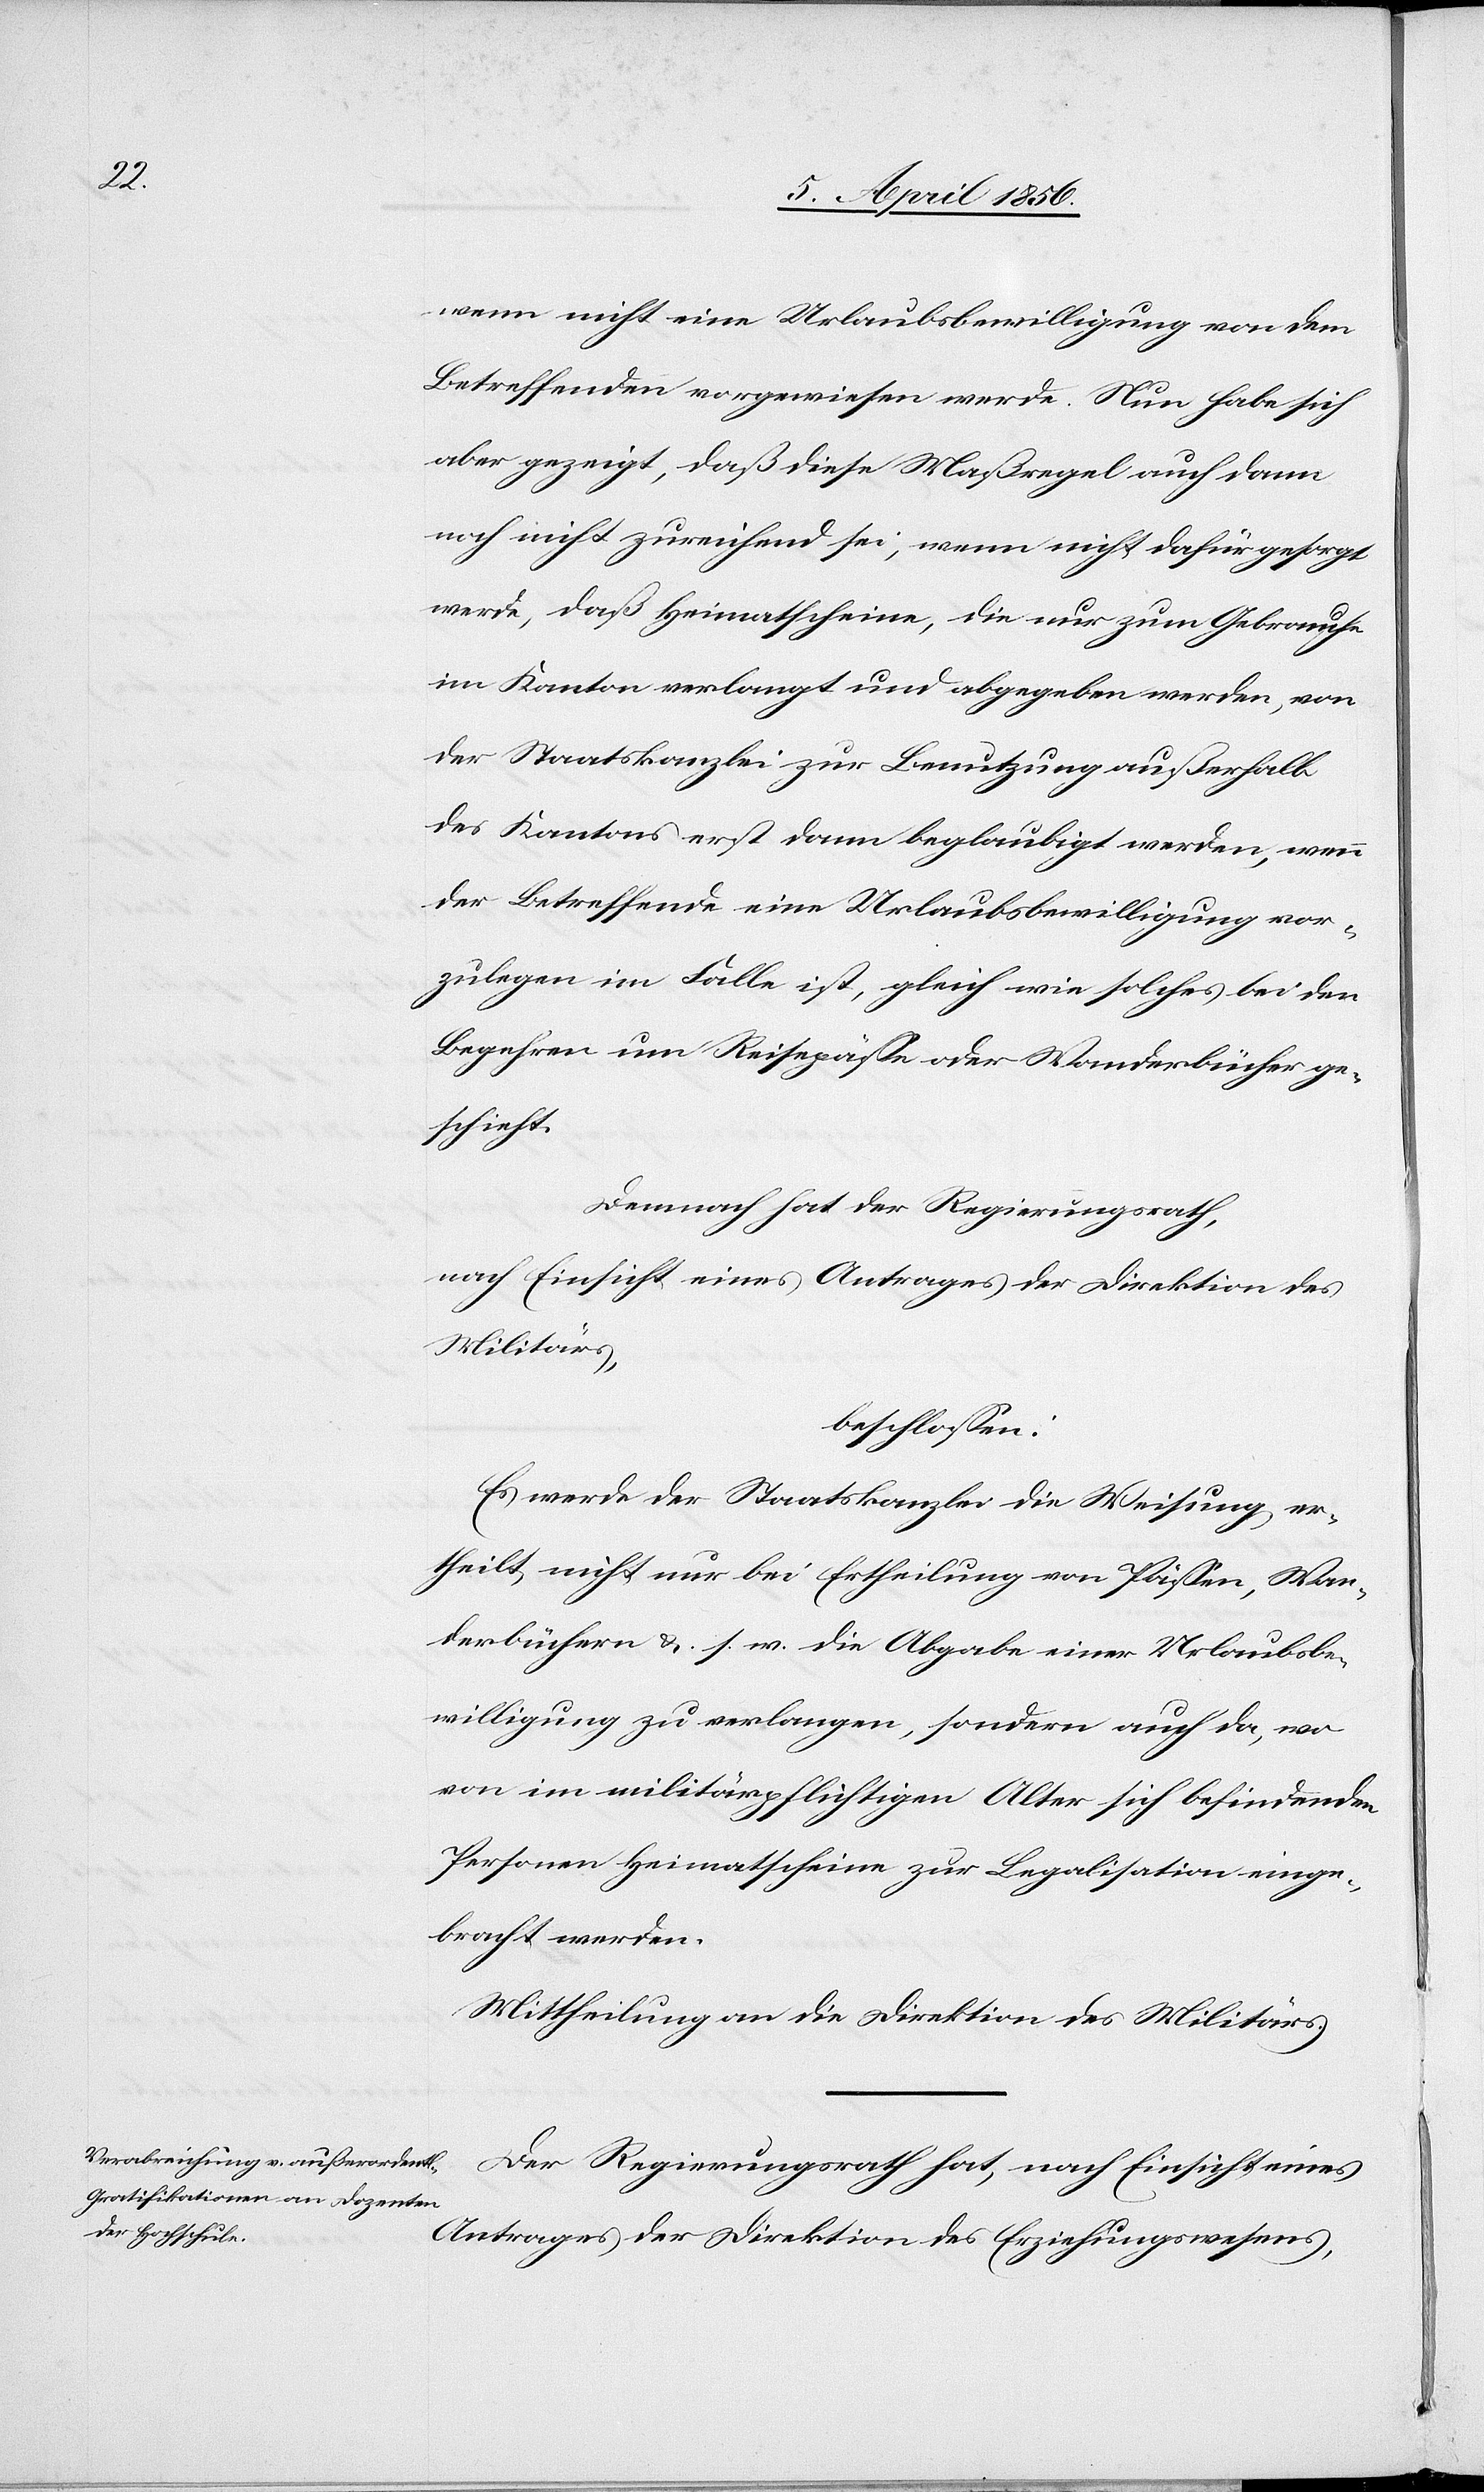
wenn nicht eine Urlaubsbewilligung von dem
Betreffenden vorgewiesen werde. Nun habe sich
aber gezeigt, daß diese Maßregel auch dann
noch nicht zureichend sei, wenn nicht dafür gesorgt
werde, daß Heimatscheine, die nur zum Gebrauche
im Kanton verlangt und abgegeben werden, von
der Staatskanzlei zur Benutzung außerhalb
des Kantons erst dann beglaubigt werden, wenn
der Betreffende eine Urlaubsbewilligung vor¬
zulegen im Falle ist, gleich wie solches bei den
Begehren um Reisepässe oder Wanderbücher ge¬
schieht.
Demnach hat der Regierungsrath,
nach Einsicht eines Antrages der Direktion des
Militärs,
beschlossen:
Es werde der Staatskanzlei die Weisung er¬
theilt, nicht nur bei Ertheilung von Pässen, Wan¬
derbüchern &. s. w. die Abgabe einer Urlaubsbe¬
willigung zu verlangen, sondern auch da, wo
von im militärpflichtigen Alter sich befindenden
Personen Heimatscheine zur Legalisation einge¬
bracht werden.
Mittheilung an die Direktion des Militärs.
Der Regierungsrath hat, nach Einsicht eines
Antrages der Direktion des Erziehungswesens,